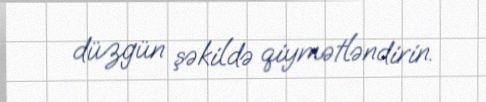
düzgün şəkildə qiymətləndirin.